Source: Handwritten
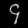
Digit: ၄ (4)